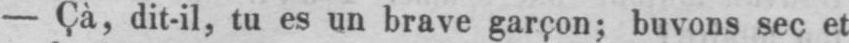
- Cà, dit-il, tu es un brave garçon; buvons sec et